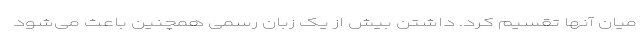
میان آنها تقسیم کرد. داشتن بیش از یک زبان رسمی همچنین باعث می‌شود